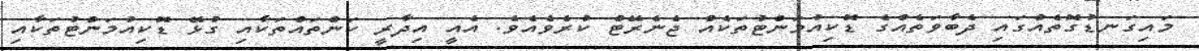
މައިގަނޑުގޮތެއްގައި ދެބާވަތެއްގެ ޑޮކިއުމަންޓުތަކެއް ޖެނެރޭޓް ކުރެވެއެވެ. އެއީ އިދާރީ ކަންތައްތަކާއި ގުޅޭ ޑޮކިއުމަންޓުތަކާއި